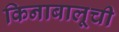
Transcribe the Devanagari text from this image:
किनाबालूची